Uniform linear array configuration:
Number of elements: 12
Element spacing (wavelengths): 0.75
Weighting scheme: kaiser
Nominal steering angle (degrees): -60
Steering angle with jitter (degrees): -61.767
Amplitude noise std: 0.05
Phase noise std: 0.05

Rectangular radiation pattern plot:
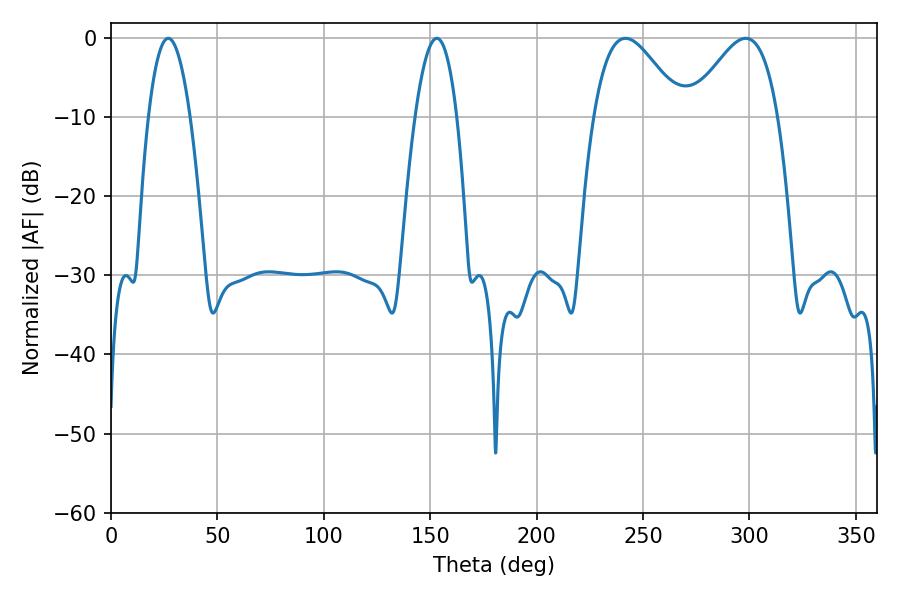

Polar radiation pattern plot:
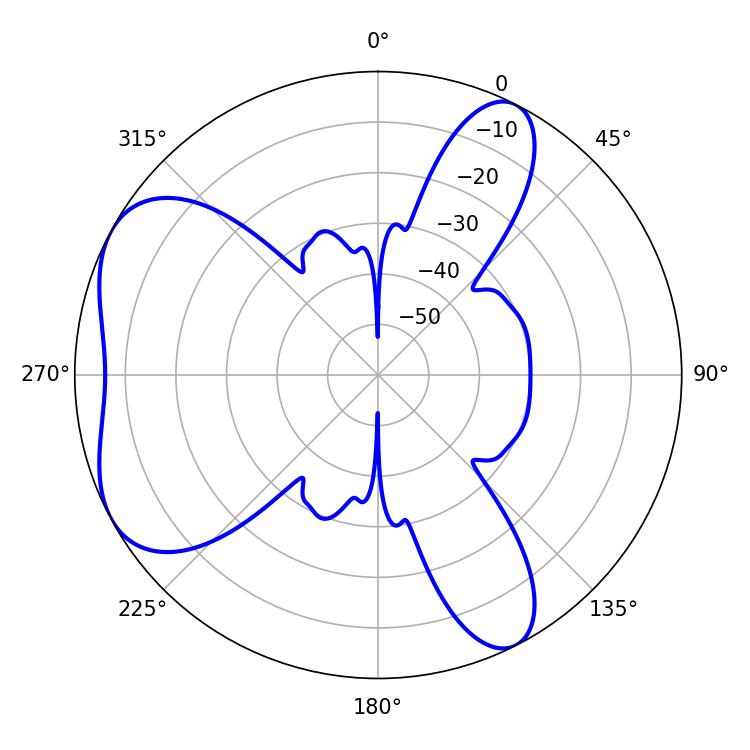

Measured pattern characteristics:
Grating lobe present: TRUE
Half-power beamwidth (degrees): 22.14
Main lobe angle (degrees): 241.74